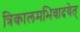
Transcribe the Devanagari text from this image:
त्रिकालमभिवादयेत्